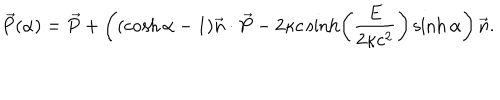
\vec { P } ( \alpha ) = \vec { P } + \left( ( \cosh \alpha - 1 ) \vec { n } \cdot \vec { P } - 2 \kappa c \sinh \left( \frac { E } { 2 \kappa c ^ { 2 } } \right) \sinh \alpha \right) \vec { n } .